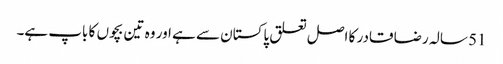
51 سالہ رضا قادر کا اصل تعلق پاکستان سے ہے اور وہ تین بچوں کا باپ ہے۔